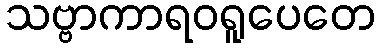
သဗ္ဗာကာရဝရူပေတေ